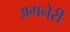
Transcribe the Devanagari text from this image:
अगनेरी